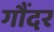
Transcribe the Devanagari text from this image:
गौंदर